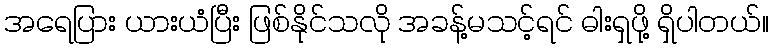
အရေပြား ယားယံပြီး ဖြစ်နိုင်သလို အခန့်မသင့်ရင် ဓါးရှဖို့ ရှိပါတယ်။